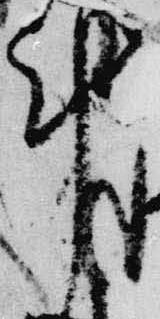
計